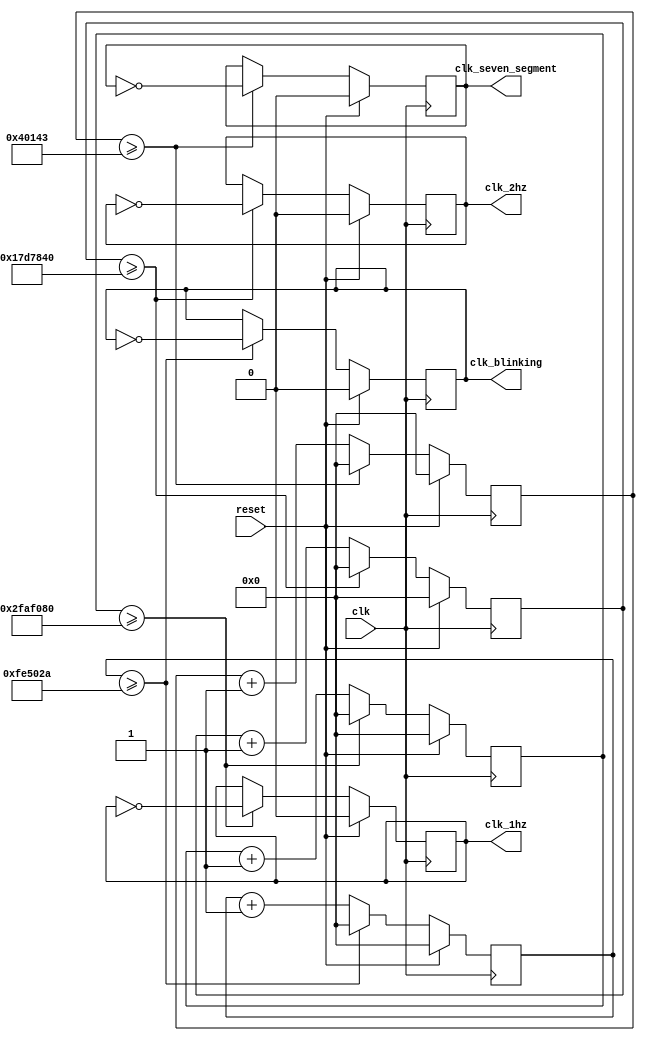
`timescale 1ns / 1ps
module clkdiv(
    input clk, // 100 Mhz master clock
    input reset,
    output reg clk_1hz,
    output reg clk_2hz,
    output reg clk_blinking,
    output reg clk_seven_segment
    );
    reg [31:0] counter_1hz;
    reg [31:0] counter_2hz;
    reg [31:0] counter_blinking;
    reg [31:0] counter_seven_segment;
    
    initial begin
        counter_1hz = 0;
        counter_2hz = 0;
        counter_seven_segment = 0;
        counter_blinking = 0;
        clk_1hz = 0;
        clk_2hz = 0;
        clk_blinking = 0;
        clk_seven_segment = 0;
    end
    
    always @(posedge clk) begin
        if (reset) begin // Reset all states when reset signal is given
            counter_1hz <= 0;
            counter_2hz <= 0;
            counter_seven_segment <= 0;
            counter_blinking <= 0;
            clk_1hz <= 0;
            clk_2hz <= 0;
            clk_blinking <= 0;
            clk_seven_segment <= 0;
        end
        else begin
            // Formula: 100Mhz / Desired frequency
            // 1 Hz
            counter_1hz <= counter_1hz + 1;
            if (counter_1hz >= 50000000) begin
                counter_1hz <= 0;
                clk_1hz <= ~clk_1hz;
            end
        
            // 2 Hz
            counter_2hz <= counter_2hz + 1;
            if (counter_2hz >= 25000000) begin
                counter_2hz <= 0;
                clk_2hz <= ~clk_2hz;
            end
        
            // Blinking -> 3 Hz
            counter_blinking <= counter_blinking + 1;
            if (counter_blinking >= 16666666) begin
                counter_blinking <= 0;
                clk_blinking <= ~clk_blinking;
            end
        
            // Seven segment -> 381 Hz
            counter_seven_segment <= counter_seven_segment + 1;
            if (counter_seven_segment >= 262467) begin
                counter_seven_segment <= 0;
                clk_seven_segment <= ~clk_seven_segment;
            end
        end
    end
endmodule